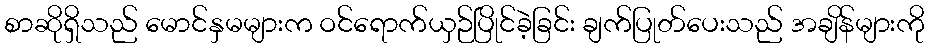
စာဆိုရှိသည် မောင်နှမများက ဝင်ရောက်ယှဉ်ပြိုင်ခဲ့ခြင်း ချက်ပြုတ်ပေးသည် အချိန်များကို